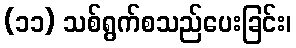
(၁၁) သစ်ရွက်စသည်ပေးခြင်း၊